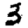
Digit: 3